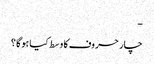
-
چار حروف کا وسط کیا ہوگا ؟